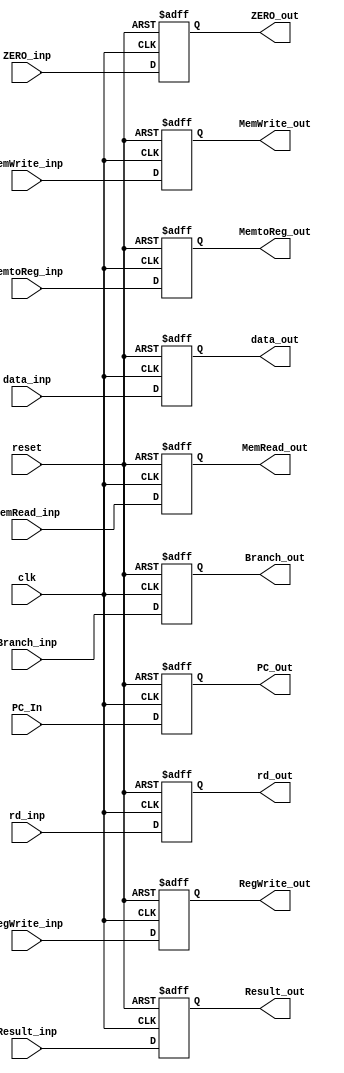
module EXMEM(clk, reset, rd_inp, Branch_inp, MemWrite_inp, MemRead_inp, MemtoReg_inp, RegWrite_inp, PC_In, Result_inp, ZERO_inp, data_inp, data_out, PC_Out, rd_out, Branch_out, MemWrite_out, MemRead_out, MemtoReg_out, RegWrite_out, Result_out, ZERO_out);
  
  input clk;
  input reset;
  input [4:0] rd_inp;
  input wire Branch_inp;
  input MemWrite_inp; 
  input MemRead_inp;
  input MemtoReg_inp;
  input RegWrite_inp;
  input wire [63:0] PC_In;
  input [63:0] Result_inp;
  input ZERO_inp;
  input [63:0] data_inp;
  output reg [63:0] data_out;
  output reg [63:0] PC_Out;
  output reg [4:0] rd_out;
   output reg Branch_out;
  output reg MemWrite_out;
  output reg MemRead_out;
  output reg MemtoReg_out; 
  output reg RegWrite_out;
  output reg [63:0] Result_out;
  output reg ZERO_out;
 
  
  always @ (posedge clk or posedge reset)
     begin 
       if (reset == 1'b1)
         begin
           PC_Out<= 0;
           Result_out <=0;
           ZERO_out <= 0;
  		   MemtoReg_out <= 0;
 		   RegWrite_out <= 0;
  		   Branch_out <= 0;
  		   MemWrite_out <= 0;
  		   MemRead_out <= 0;
  		   rd_out <= 0;
  		   data_out <= 0;
         end
       else 
         begin
           PC_Out<= PC_In;
           Result_out <= Result_inp;
           ZERO_out <= ZERO_inp ;
  		   MemtoReg_out <= MemtoReg_inp;
 		   RegWrite_out <= RegWrite_inp;
  		   Branch_out <= Branch_inp;
  		   MemWrite_out <= MemWrite_inp;
  		   MemRead_out <= MemRead_inp;
  		   rd_out <= rd_inp;
  		   data_out <= data_inp;
         end
     end
endmodule